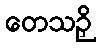
တေသဉှိ